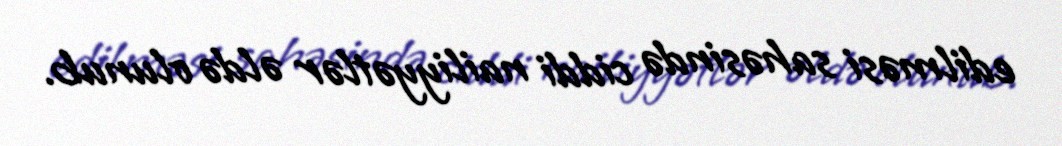
edilməsi sahəsində ciddi nailiyyətlər əldə olunub.